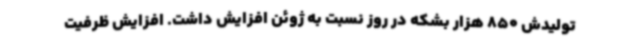
تولیدش 850 هزار بشکه در روز نسبت به ژوئن افزایش داشت. افزایش ظرفیت